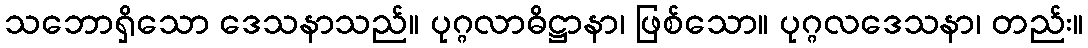
သဘောရှိသော ဒေသနာသည်။ ပုဂ္ဂလာဓိဋ္ဌာနာ၊ ဖြစ်သော။ ပုဂ္ဂလဒေသနာ၊ တည်း။